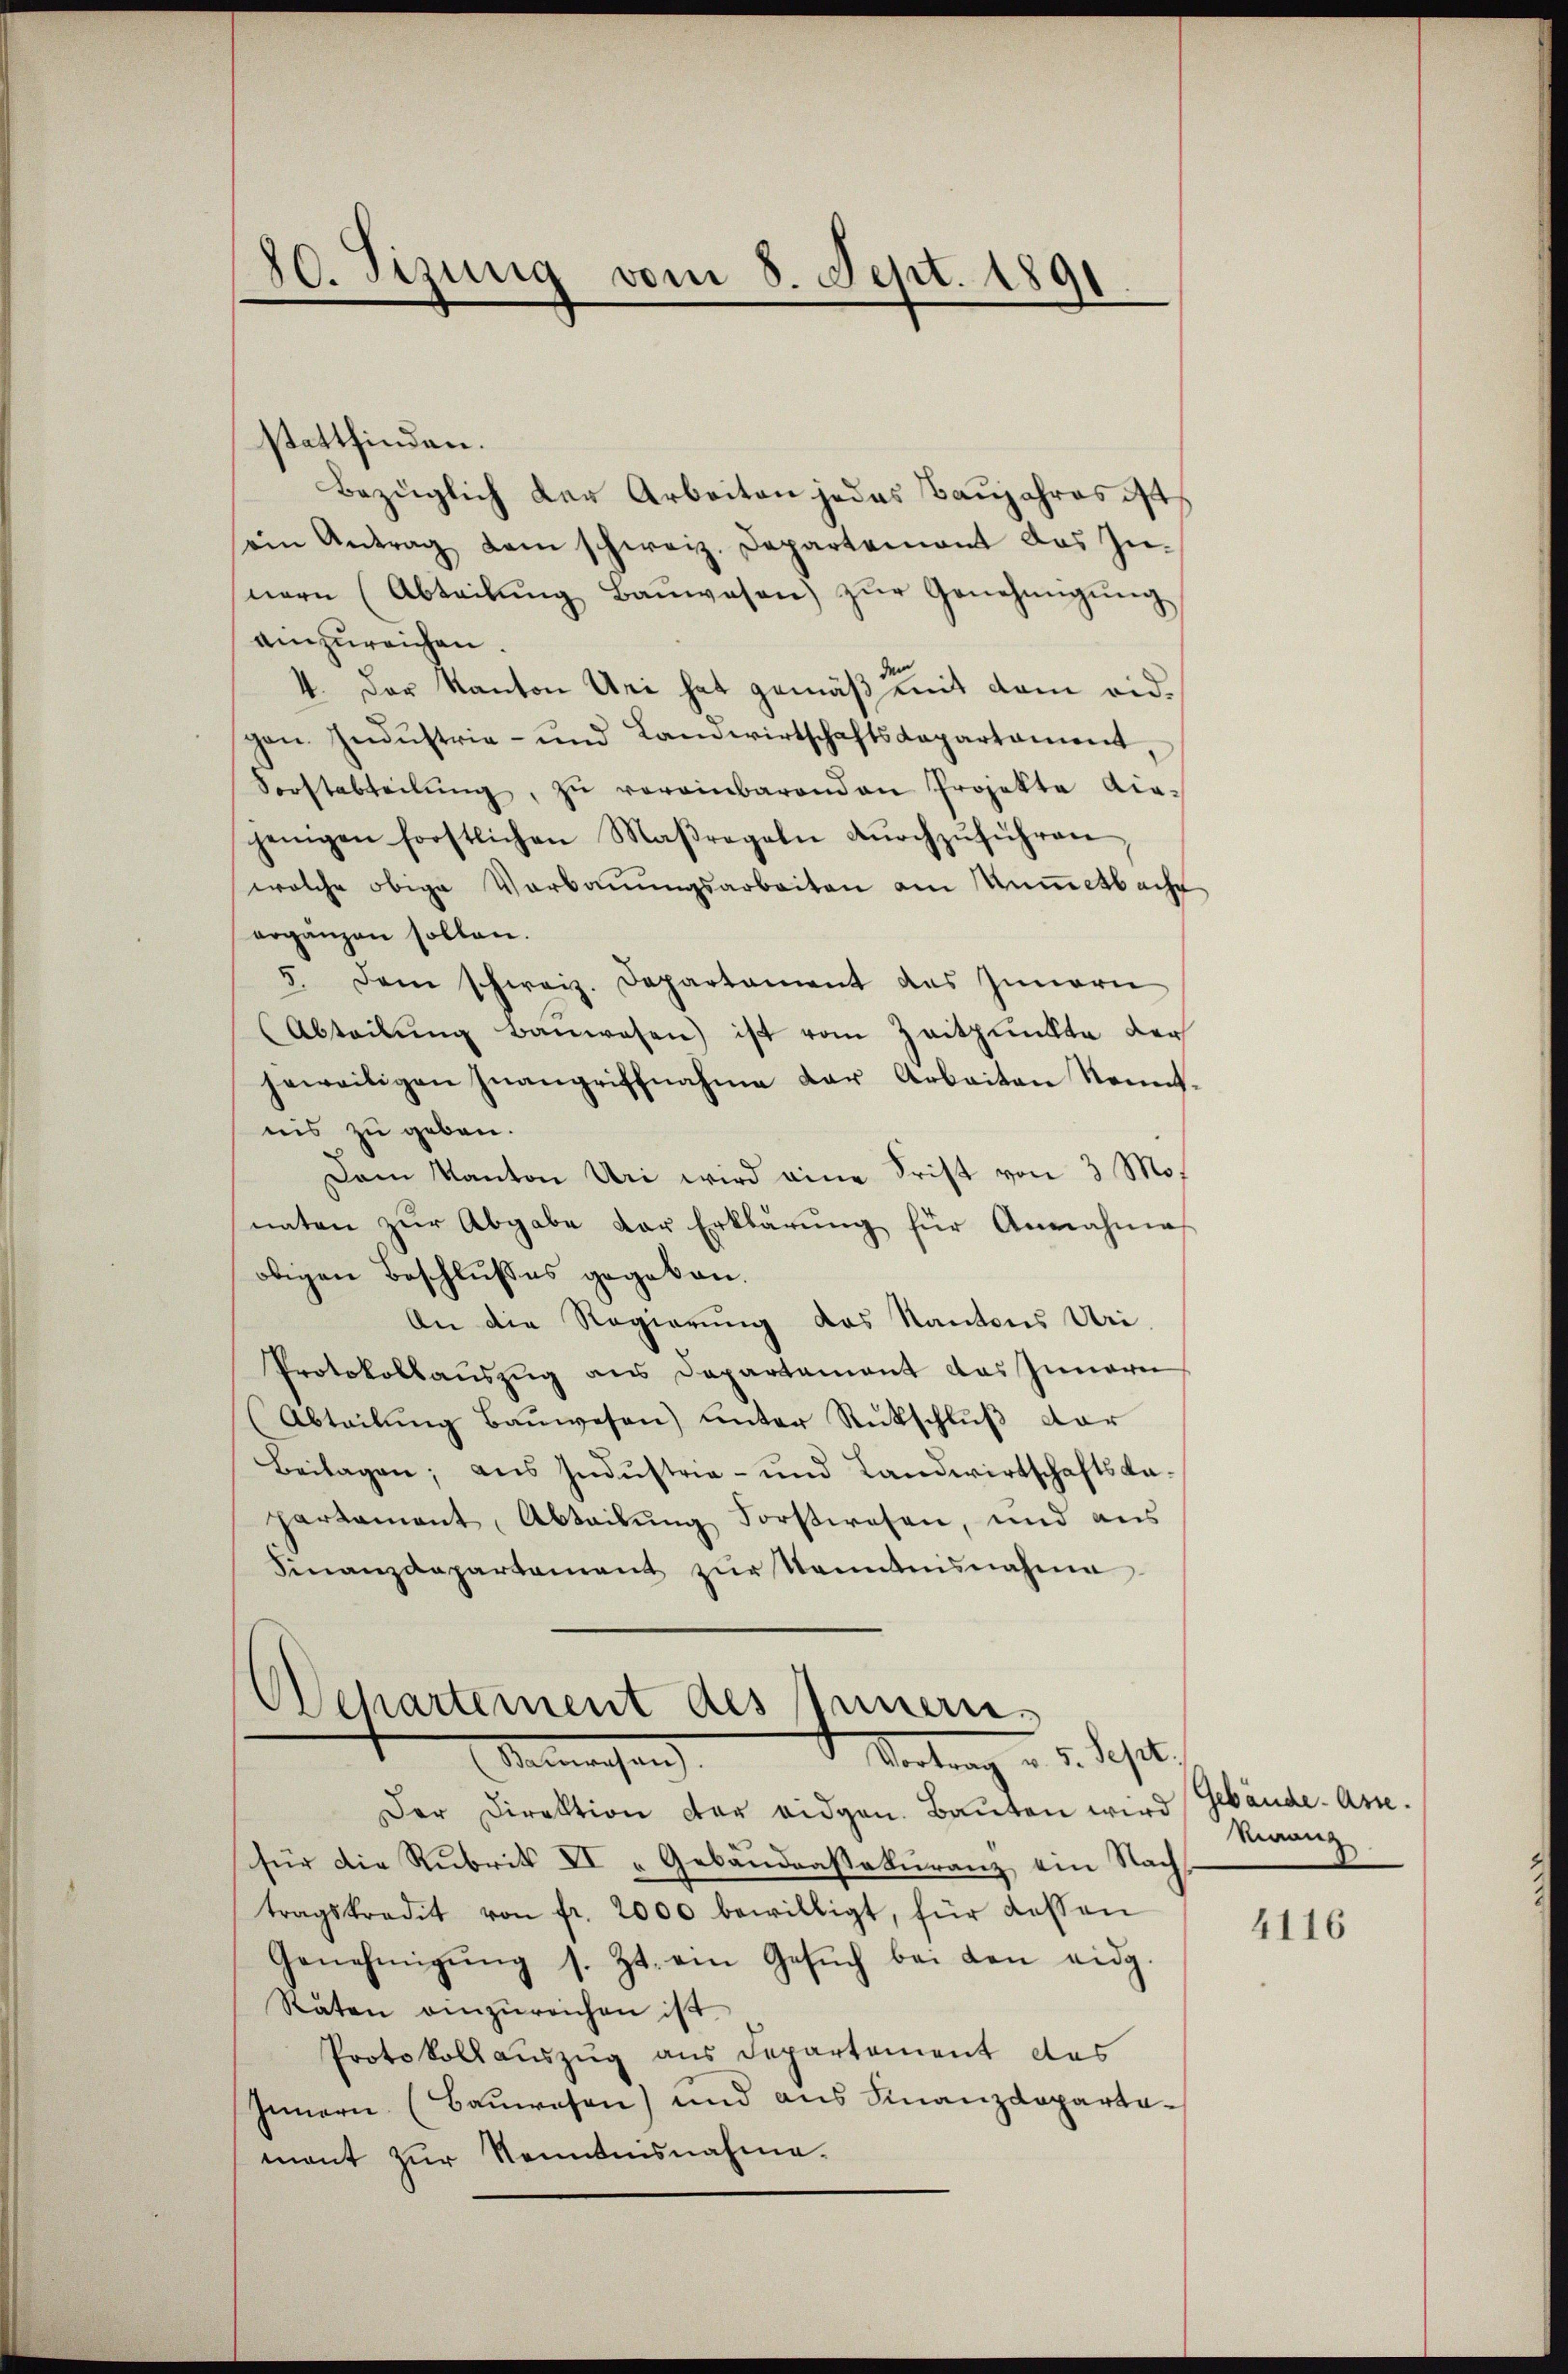
80. Sizung vom 8. Sept. 1891

stattfinden.
Bezüglich der Arbeiten jedes Baujahres ist,
sein Antrag dem schweiz. Departement das In-
nern (Abteilŭng Banwesen) zŭr Genehmigŭng
einzureichen.
4. Der Kanton Uri hat gemäß mit dem eidgen Industrie- und Landwirtschaftsdepartament,
Forstabteilŭng, zŭ verainbarenden Projekte Acajenigen forstlichen Maßregeln dŭrchzŭführen
welche obige Verbaŭŭngsarbeiten am Nummetbache
ergänzen sollen.
5. dem schweiz. Departament des Innern
Abteilŭng bauwesen) ist vom Zeitpunkte der
jeweiligen Inangriffnahme der Arbeiten Kennt-
nis zu geben.
Dam Kanton Uri wird eine Frist von 3 Monaten zŭr Abgabe der Erklärŭng für Annahmes
obigen Beschlußes gegeben.
An die Regierung das Kantons Uri
Protokollauszug aus Departement das Inneren
(Abteilŭng Baŭwesen) unter Rückschluß dar
Beilagen; aus Industria- und Landwirtschaftskapartament, Abteilŭng Forstwesen, und aus
Finanzdepartament zŭr kanntnisnahme

Departement des Innern,
Vertrag u. s. dasel,
Aemechanz

Der Direktion der eidgen. Baŭten wird Gebäude-Asse.
für die Rubritt XI Gebäudeassakuranz ein Nachtragskredit von fr. 2000 bewilligt, für dassen
Genehmigŭng s. Zt. ein Gesŭch bei den eidg.
Raten einzureichen ist
Protokollauszug aus Departement des
Innern (Bauwesen) und aus Finanzdeparta
mant zur Kenntnisnahme.

Rinanz

4116